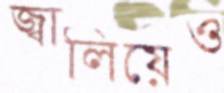
জ্বালিয়েও